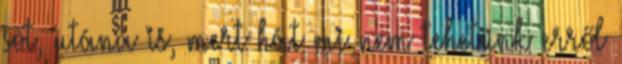
sőt, utána is, mert hát mi nem tehetünk erről